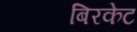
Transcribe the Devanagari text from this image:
बिरकेट